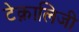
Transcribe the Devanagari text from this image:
टेक्नालिजी